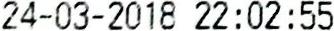
24-03-2018 22:02:55